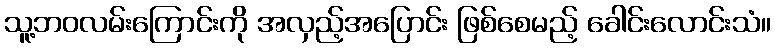
သူ့ဘဝလမ်းကြောင်းကို အလှည့်အပြောင်း ဖြစ်စေမည့် ခေါင်းလောင်းသံ။